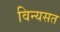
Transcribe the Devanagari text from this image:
विन्यसत